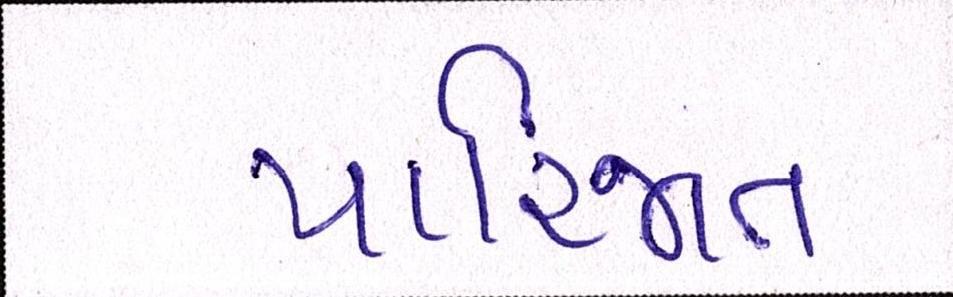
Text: પારિજાત